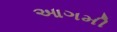
આગમી